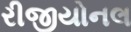
રીજીયોનલ